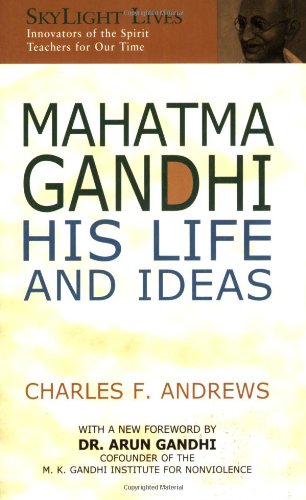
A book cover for Mahatma Gandhi: His Life and Ideas (SkyLight Lives); Charles F. Andrews; Religion & Spirituality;